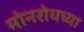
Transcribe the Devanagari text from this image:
मोनरोयच्या